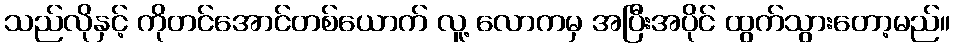
သည်လိုနှင့် ကိုတင်အောင်တစ်ယောက် လူ့ လောကမှ အပြီးအပိုင် ထွက်သွားတော့မည်။